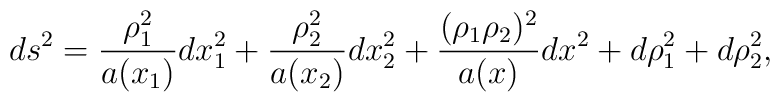
ds^2 = \frac{\rho_1^2}{a(x_{1})} dx_1^2  +\frac{\rho_{2}^{2}}{a(x_{2} )} dx_{2}^{2} + \frac{(\rho_{1}  \rho_{2})^{2}}{a(x)}dx^{2}+ d\rho_{1}^{2} + d\rho  _{2}^{2},